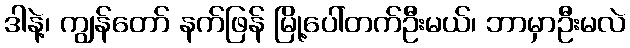
ဒါနဲ့၊ ကျွန်တော် နက်ဖြန် မြို့ပေါ်တက်ဦးမယ်၊ ဘာမှာဦးမလဲ